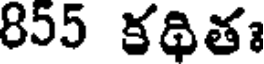
855 కథితః